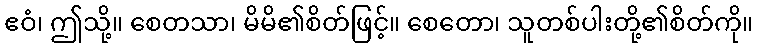
ဧဝံ၊ ဤသို့။ စေတသာ၊ မိမိ၏စိတ်ဖြင့်။ စေတော၊ သူတစ်ပါးတို့၏စိတ်ကို။